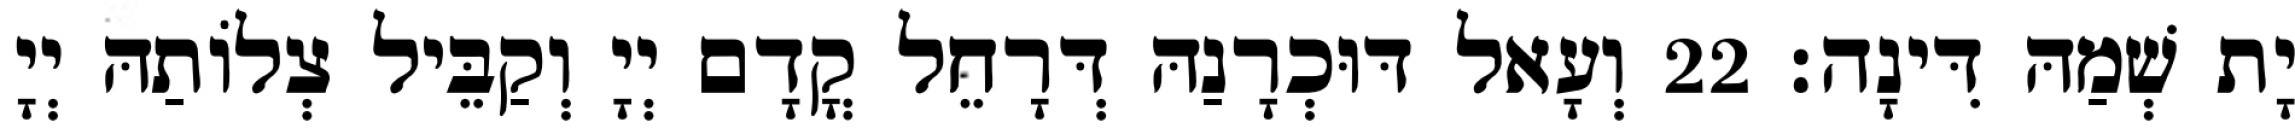
יָת שְׁמַהּ דִּינָה׃ 22 וְעָאל דּוּכְרָנַהּ דְּרָחֵל קֳדָם יְיָ וְקַבֵּיל צְלוֹתַהּ יְיָ